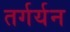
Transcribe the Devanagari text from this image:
तर्गर्यन